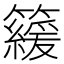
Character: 𥶍